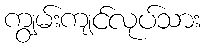
ကျွမ်းကျင်လုပ်သား